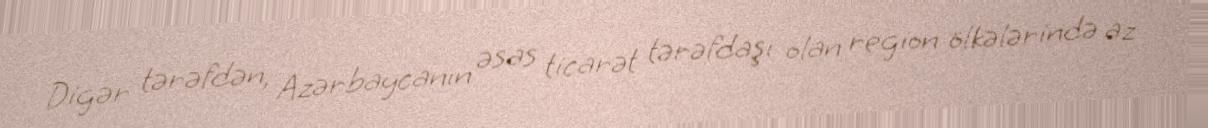
Digər tərəfdən, Azərbaycanın əsas ticarət tərəfdaşı olan region ölkələrində az